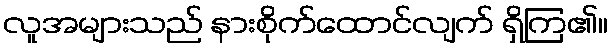
လူအများသည် နားစိုက်ထောင်လျက် ရှိကြ၏။